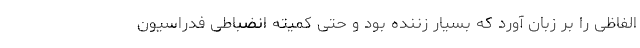
الفاظی را بر زبان آورد که بسیار زننده بود و حتی کمیته انضباطی فدراسیون